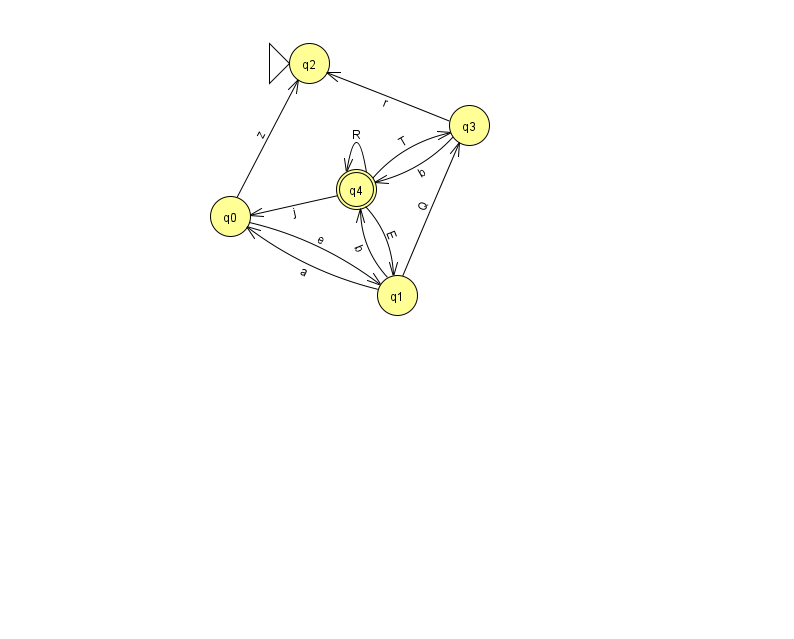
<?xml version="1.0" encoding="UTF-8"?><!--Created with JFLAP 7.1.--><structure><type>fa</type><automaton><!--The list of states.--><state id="0" name="q0"><x>230.0</x><y>203.0</y></state><state id="1" name="q1"><x>397.0</x><y>282.0</y></state><state id="2" name="q2"><x>309.0</x><y>50.0</y><initial/></state><state id="3" name="q3"><x>469.0</x><y>112.0</y></state><state id="4" name="q4"><x>356.0</x><y>176.0</y><final/></state><!--The list of transitions.--><transition><from>4</from><to>1</to><read>E</read></transition><transition><from>1</from><to>0</to><read>a</read></transition><transition><from>4</from><to>4</to><read>R</read></transition><transition><from>0</from><to>1</to><read>e</read></transition><transition><from>1</from><to>4</to><read>b</read></transition><transition><from>3</from><to>4</to><read>b</read></transition><transition><from>0</from><to>2</to><read>z</read></transition><transition><from>4</from><to>0</to><read>j</read></transition><transition><from>1</from><to>3</to><read>Q</read></transition><transition><from>3</from><to>2</to><read>r</read></transition><transition><from>4</from><to>3</to><read>T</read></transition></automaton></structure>